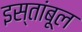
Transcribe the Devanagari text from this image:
इस्तांबूल